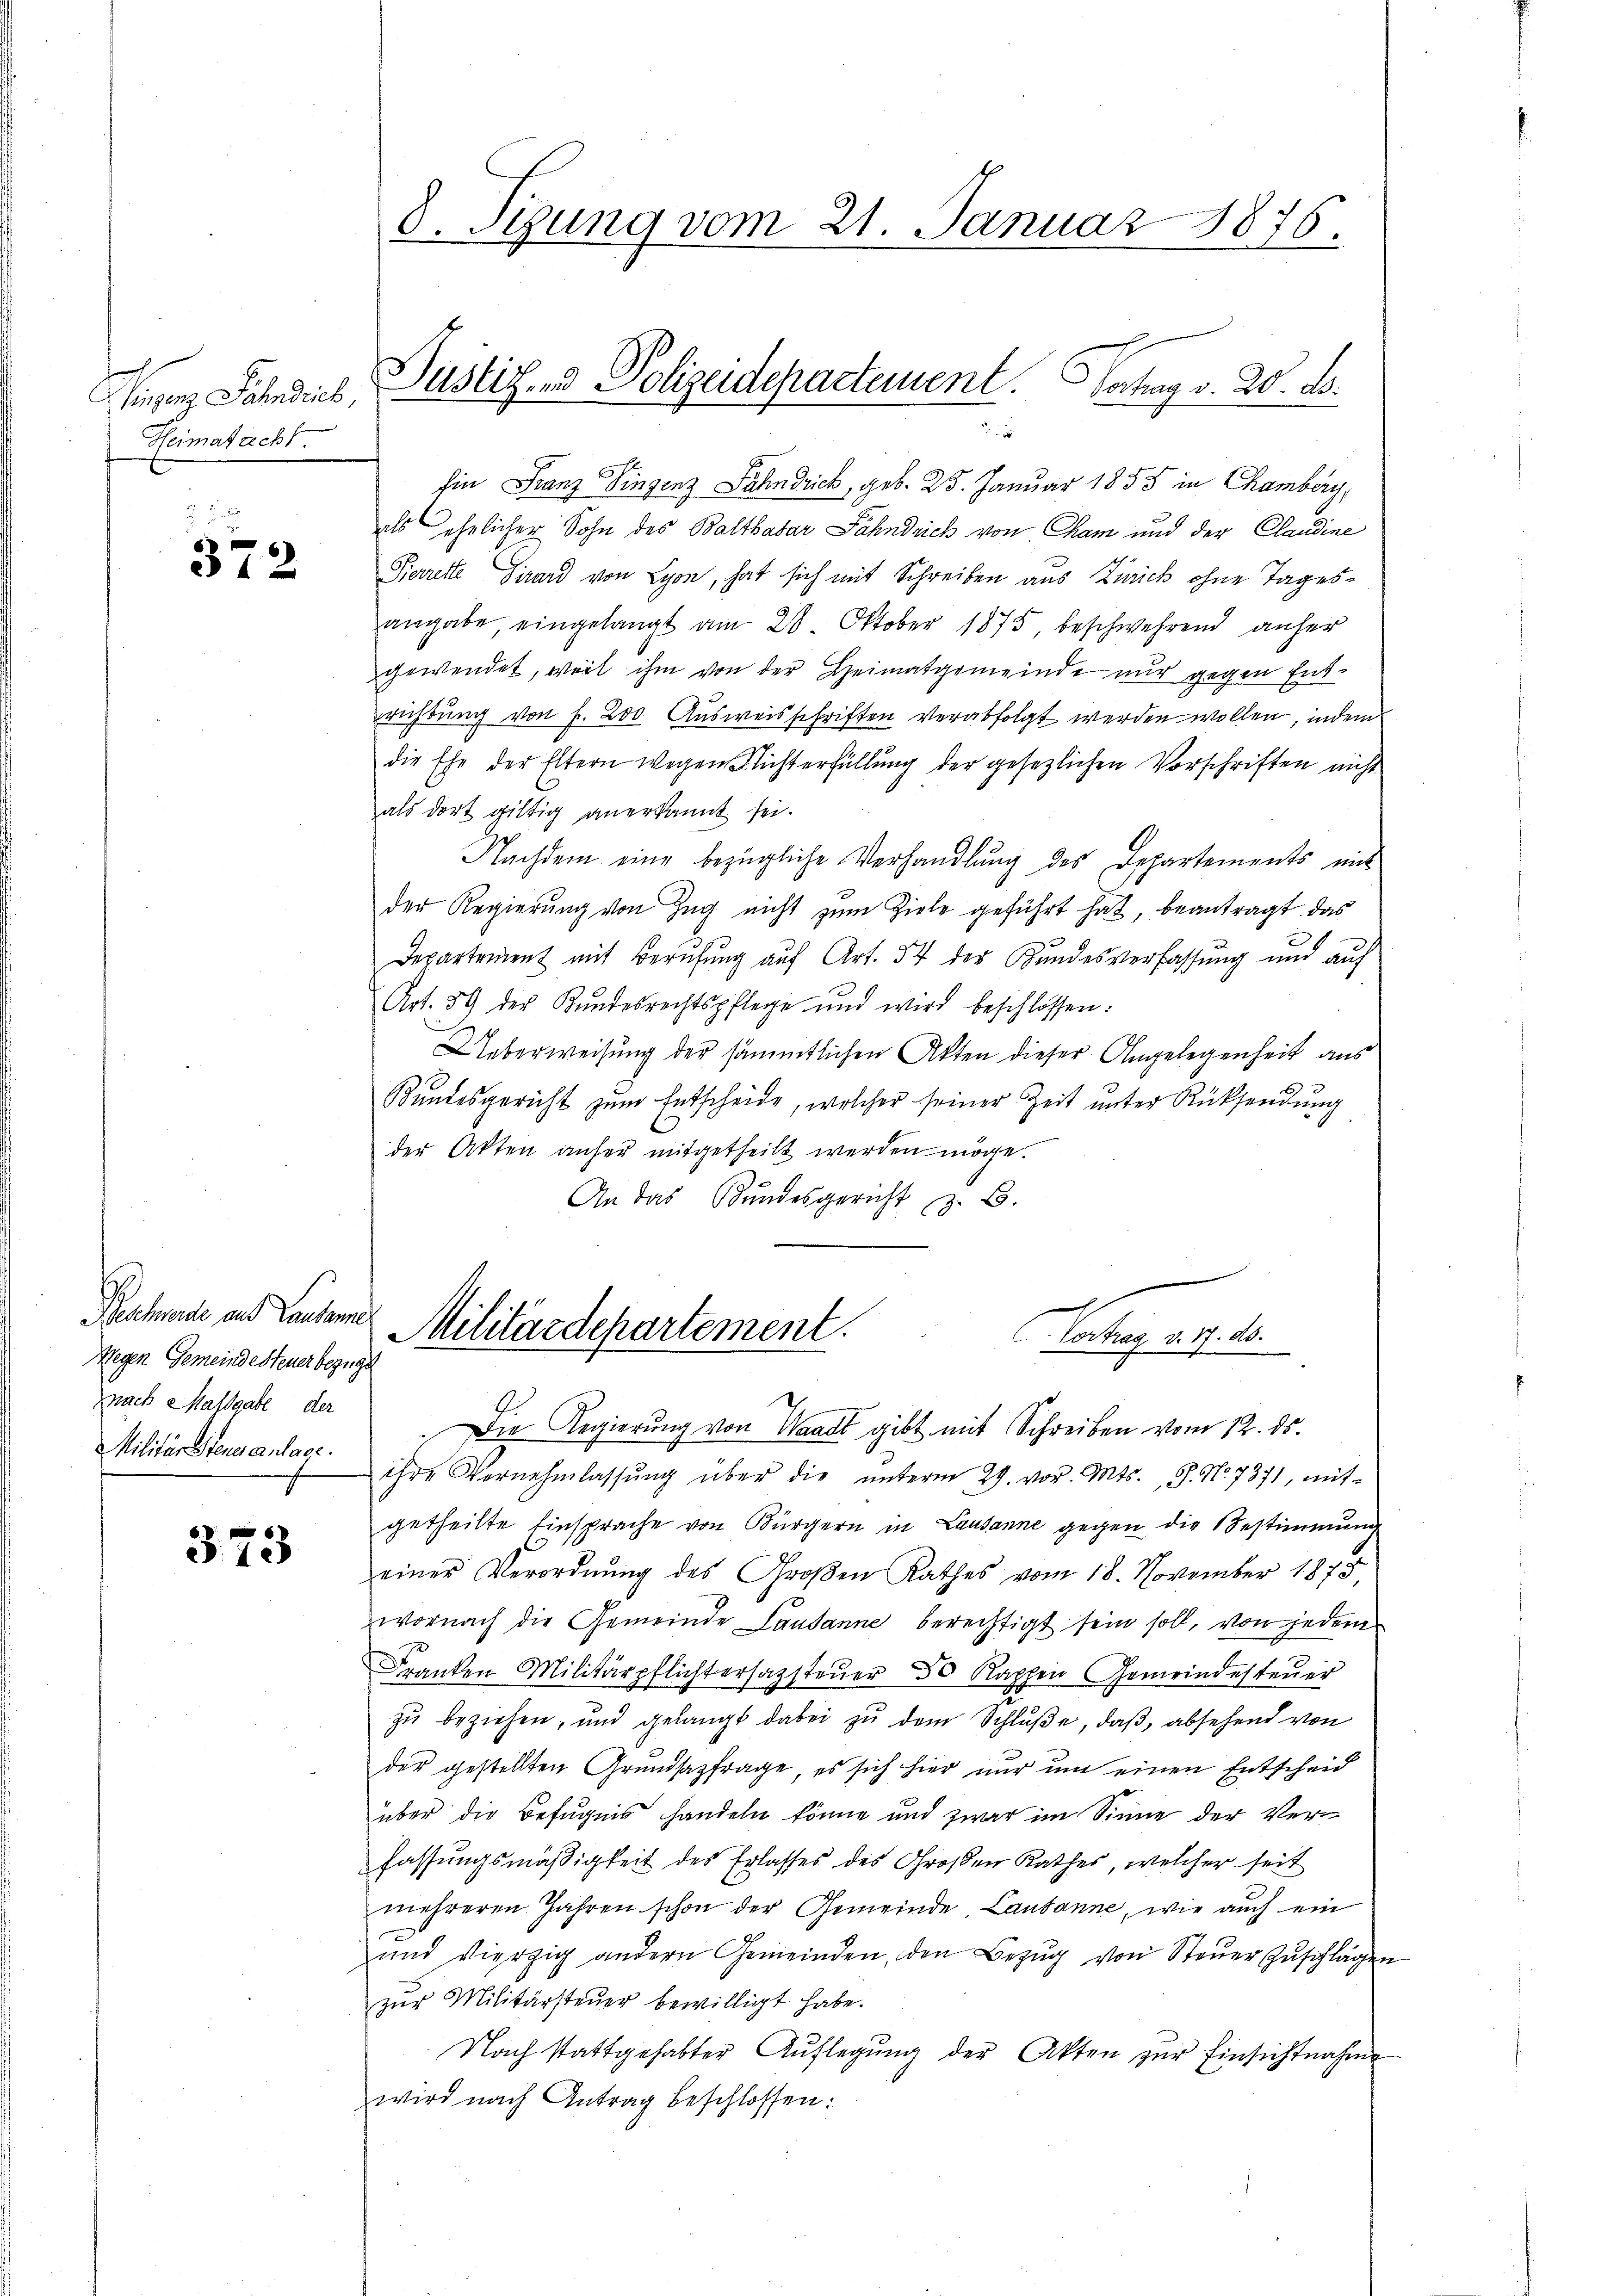
Gegen Fahndie
Heimatacht.

372

Beschwerde und Lausanne
Wegen Gemeindesteuer bezuge
znach Malsgabe der
Militär Steuer anlage.

373

Ein Franz Singenz Fahndrich, geb. 25. Januar 1855 in Chamberg,
als ehelicher Sohn des Balthasar Fähndrich von Cham und der Claudine
Pierrette Girard von Lyon, hat sich mit Schreiben aus Zürich ohne Tages-
angabe, eingelangt am 28. Oktober 1875 beschwehrend anher
gewendet, weil ihm von der Heimatgemeinde nur gegen Entrichtung von f. 200. Ausweisschriften verabfolgt werden wollen, indem
die Ehe der Eltern wegen Fichterfüllung der gesezlichen Vorschriften nicht
als dort giltig anerkannt sei.
Nachdem eine bezügliche Verhandlung des Departements mit
der Regierung von Zug nicht zum Ziele geführt hat, beantragt, das
Departement mit Berufung auf Art. 37 des Bundesverfassung und auf
Art. 59 der Kundesrechtspflege und wird beschlossen:
Ueberweisung der sämmtlichen Akten dieser Angelegenheit aus
Bundesgericht zum Entscheide, welcher seiner Zeit unter Rücksendung
der Akten anher mitgetheilt werden möge.
An das Bundesgericht z. B.

8. stung vom 21. Januar 1876.

Justiz- & Polizeidepartement. Hochag v. 20. d.

Militärdepartement.
Bote aber die
Die Regierung von Waadt gibt mit Schreiben vom 12. ds.

ihre Vernehmlassŭng über die ŭnterm 29. vor. Mts., S. No. 7371, mit-
getheilte Einsprache von Bürgern in Lausanne gegen die Bestimmung
einer Verordnung des Großen Rathes vom 18. November 1875
wornach die Gemeinde Lausanne berechtigt sein soll, von jedem
Franken Militärpflichtersagsteŭer 30 Kappen Gemeindesteŭer
zu beziehen, und gelangt dabei zu dem Schluße, daß, absehend von
der gestellten Grundsazfrage, es sich hier nur um einen Entscheid
über die Befugnis handeln könne und zwar im Sinne der Verfassungsmäßigkeit des Erlasses des Großen Rathes, welcher seit
mehreren Jahren schon der Gemeinde Lausanne, wie auch ein
und vierzig andern Gemeinden, den Bezug von Steuer Zuschlägen
zŭr Militärsteŭer bewilligt habe.
Nach stattgehabter Auflegung der Akten zur Einsichtnahme
wird nach Antrag beschlossen: